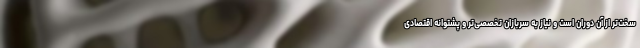
سخت‌تر از آن دوران است و نیاز به سربازان تخصصی‌تر و پشتوانه اقتصادی